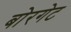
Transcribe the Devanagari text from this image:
बोरगेट